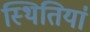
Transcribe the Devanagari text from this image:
स्थितिया॑